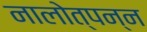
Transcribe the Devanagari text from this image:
नालोत्पन्न